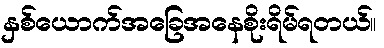
နှစ်ယောက်အခြေအနေစိုးရိမ်ရတယ်။